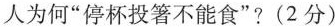
人为何”停杯投箸不能食”?(2分)